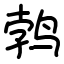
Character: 鹁